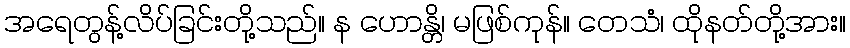
အရေတွန့်လိပ်ခြင်းတို့သည်။ န ဟောန္တိ၊ မဖြစ်ကုန်။ တေသံ၊ ထိုနတ်တို့အား။